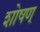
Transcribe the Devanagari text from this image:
शोषण्